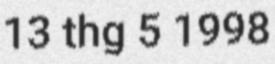
13 thg 5 1998